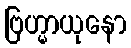
ဗြဟ္မာယုနော